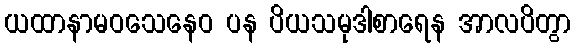
ယထာနာမဝသေနေဝ ပန ပိယသမုဒါစာရေန အာလပိတွာ